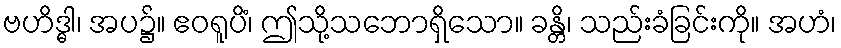
ဗဟိဒ္ဓါ၊ အပ၌။ ဧဝရူပိံ၊ ဤသို့သဘောရှိသော။ ခန္တိ၊ သည်းခံခြင်းကို။ အဟံ၊